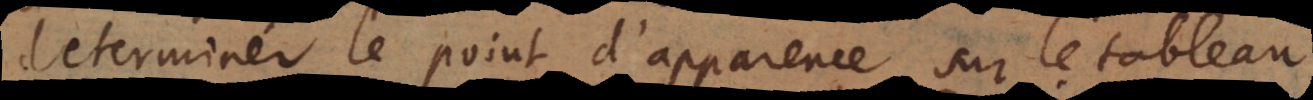
determiner le point d’apparence sur le tableau